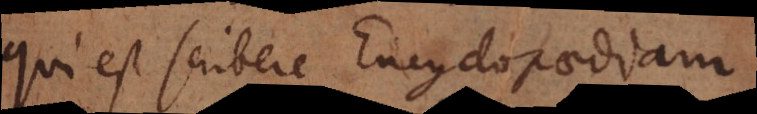
qui est scribere Encyclopaediam